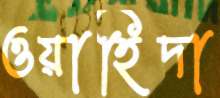
ওয়াহিদা